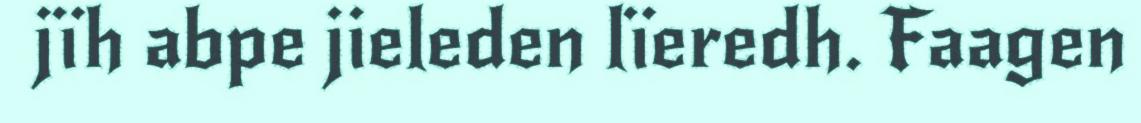
jïh abpe jieleden lïeredh. Faagen